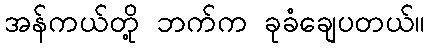
အန်ကယ်တို့ ဘက်က ခုခံချေပတယ်။